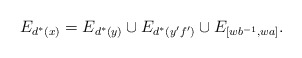
\begin{align*}E_{d^*(x)} = E_{d^*(y)} \cup E_{d^*(y'f')} \cup E_{[wb^{-1}, wa]}.\end{align*}